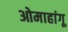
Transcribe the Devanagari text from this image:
ओमाहांगू